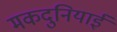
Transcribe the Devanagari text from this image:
मकदुनियाई